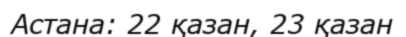
Астана: 22 қазан, 23 қазан